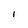
Character: I